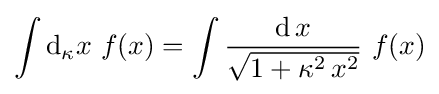
\int \mathrm {d} _{\kappa }x\,\,f(x)=\int {\frac {\mathrm {d} \,x}{\sqrt {1+\kappa ^{2}\,x^{2}}}}\,\,f(x)